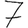
Digit: 7